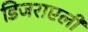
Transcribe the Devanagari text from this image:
डिजराएली